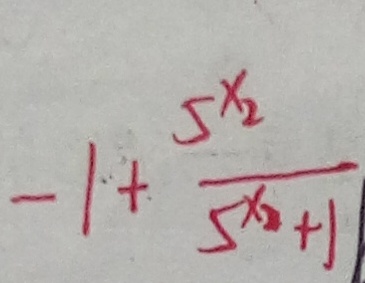
- 1 + \frac { 5 ^ { x _ { 2 } } } { 5 ^ { x _ { 2 } } + 1 }